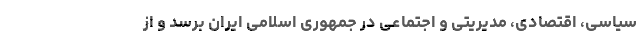
سیاسی، اقتصادی، مدیریتی و اجتماعی در جمهوری اسلامی ایران برسد و از